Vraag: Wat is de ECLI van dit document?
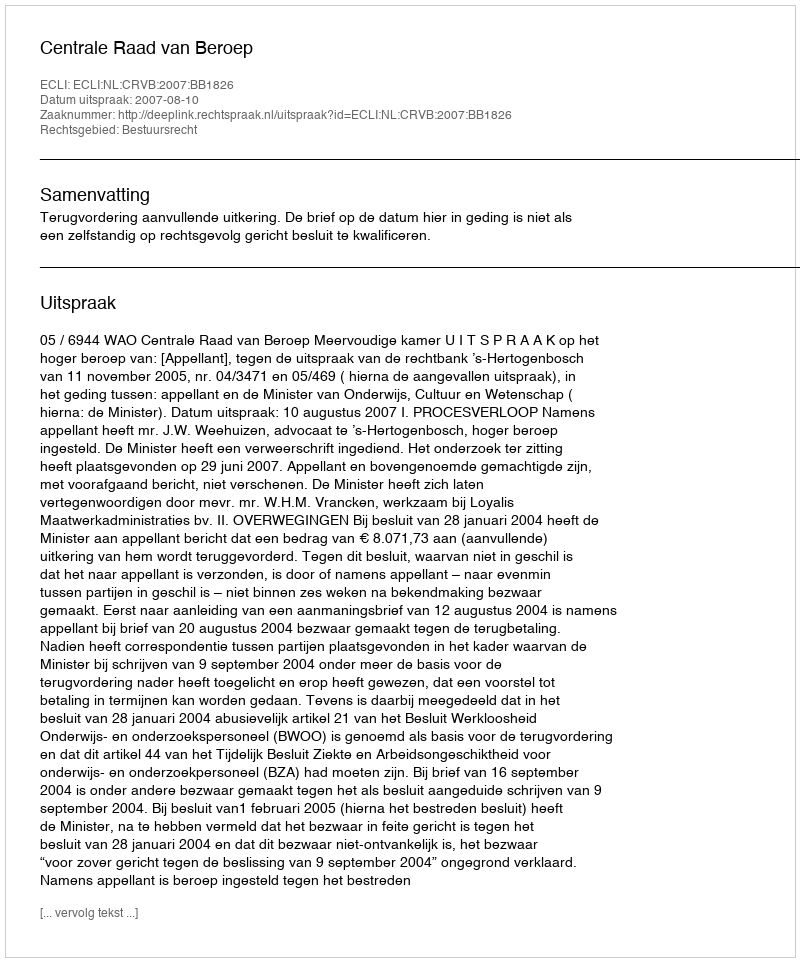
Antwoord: ECLI:NL:CRVB:2007:BB1826